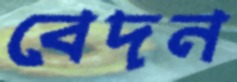
বেদন